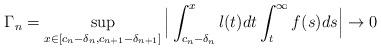
LaTeX: \begin{align*} \Gamma_n = \sup_{x \in [c_n - \delta_n, c_{n+1} - \delta_{n+1}] } \Big |\int_{c_n - \delta_n}^{x} l(t) dt \int_t^{\infty} {f(s)} ds \Big | \to 0\end{align*}